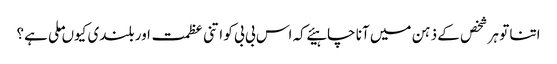
اتنا تو ہر شخص کے ذہن میں آنا چاہیئے کہ اس بی بی کو اتنی عظمت اور بلندی کیوں ملی ہے؟